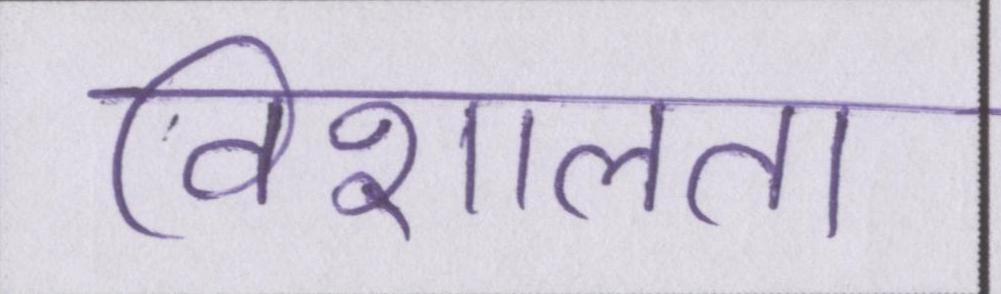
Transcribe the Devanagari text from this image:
विशालता